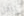
ينقل